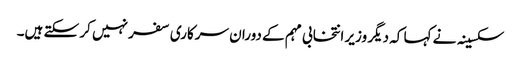
سکسینہ نے کہا کہ دیگر وزیر انتخابی مہم کے دوران سرکاری سفر نہیں کر سکتے ہیں۔